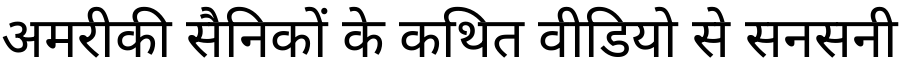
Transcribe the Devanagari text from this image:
अमरीकी सैनिकों के कथित वीडियो से सनसनी